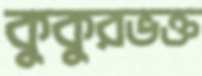
কুকুরভক্ত